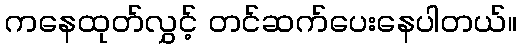
ကနေထုတ်လွှင့် တင်ဆက်ပေးနေပါတယ်။